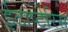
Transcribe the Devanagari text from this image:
ईटाप्टेरिस